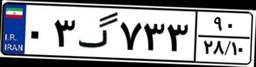
۵۵گ۴۹۳۹۳